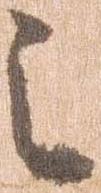
之